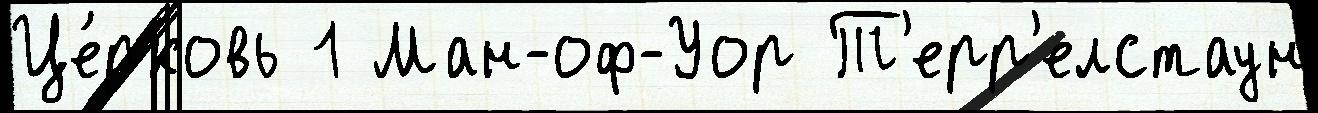
Це́рковь 1 Ман-оф-Уор Т'ерр'елстаун